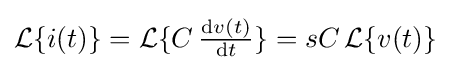
{\mathcal {L}}\{i(t)\}={\mathcal {L}}\{C\,{\tfrac {\mathrm {d} v(t)}{\mathrm {d} t}}\}=sC\,{\mathcal {L}}\{v(t)\}